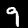
Label: 9